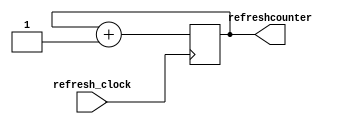
`timescale 1ns / 1ps
//////////////////////////////////////////////////////////////////////////////////
// Company: 
// Engineer: 
// 
// Design Name: 
// Module Name: refreshcounter
// Project Name: 
// Target Devices: 
// Tool Versions: 
// Description: 
// 
// Dependencies: 
// 
// Revision:
// Revision 0.01 - File Created
// Additional Comments:
// 
//////////////////////////////////////////////////////////////////////////////////


module refreshcounter(
    input refresh_clock,
    output reg [2:0] refreshcounter
    );
    
    always @(posedge refresh_clock)
        refreshcounter <= (refreshcounter + 1'b1);

endmodule